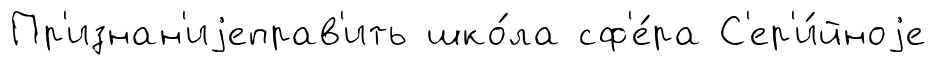
Пр'изнан'иjеправ'ить шко́ла сф'е́ра С'ер'и́йноjе